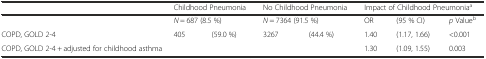
|  | <COLSPAN=2> Childhood Pneumonia | <COLSPAN=2> No Childhood Pneumonia | <COLSPAN=3> Impact of Childhood Pneumoniaa |
 | --- | --- | --- | --- | --- | --- | --- | --- |
 |  | <COLSPAN=2> N = 687 (8.5 %) | <COLSPAN=2> N = 7364 (91.5 %) | OR | (95 % CI) | p Valueb |
 | COPD, GOLD 2-4 | 405 | (59.0 %) | 3267 | (44.4 %) | 1.40 | (1.17, 1.66) | <0.001 |
 | COPD, GOLD 2-4 + adjusted for childhood asthma |  |  |  |  | 1.30 | (1.09, 1.55) | 0.003 |